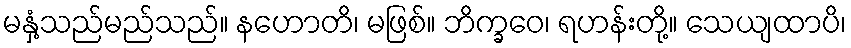
မနှံ့သည်မည်သည်။ နဟောတိ၊ မဖြစ်။ ဘိက္ခဝေ၊ ရဟန်းတို့။ သေယျထာပိ၊